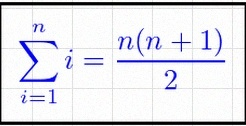
\sum_{i=1}^{n}i=\frac{n(n+1)}2